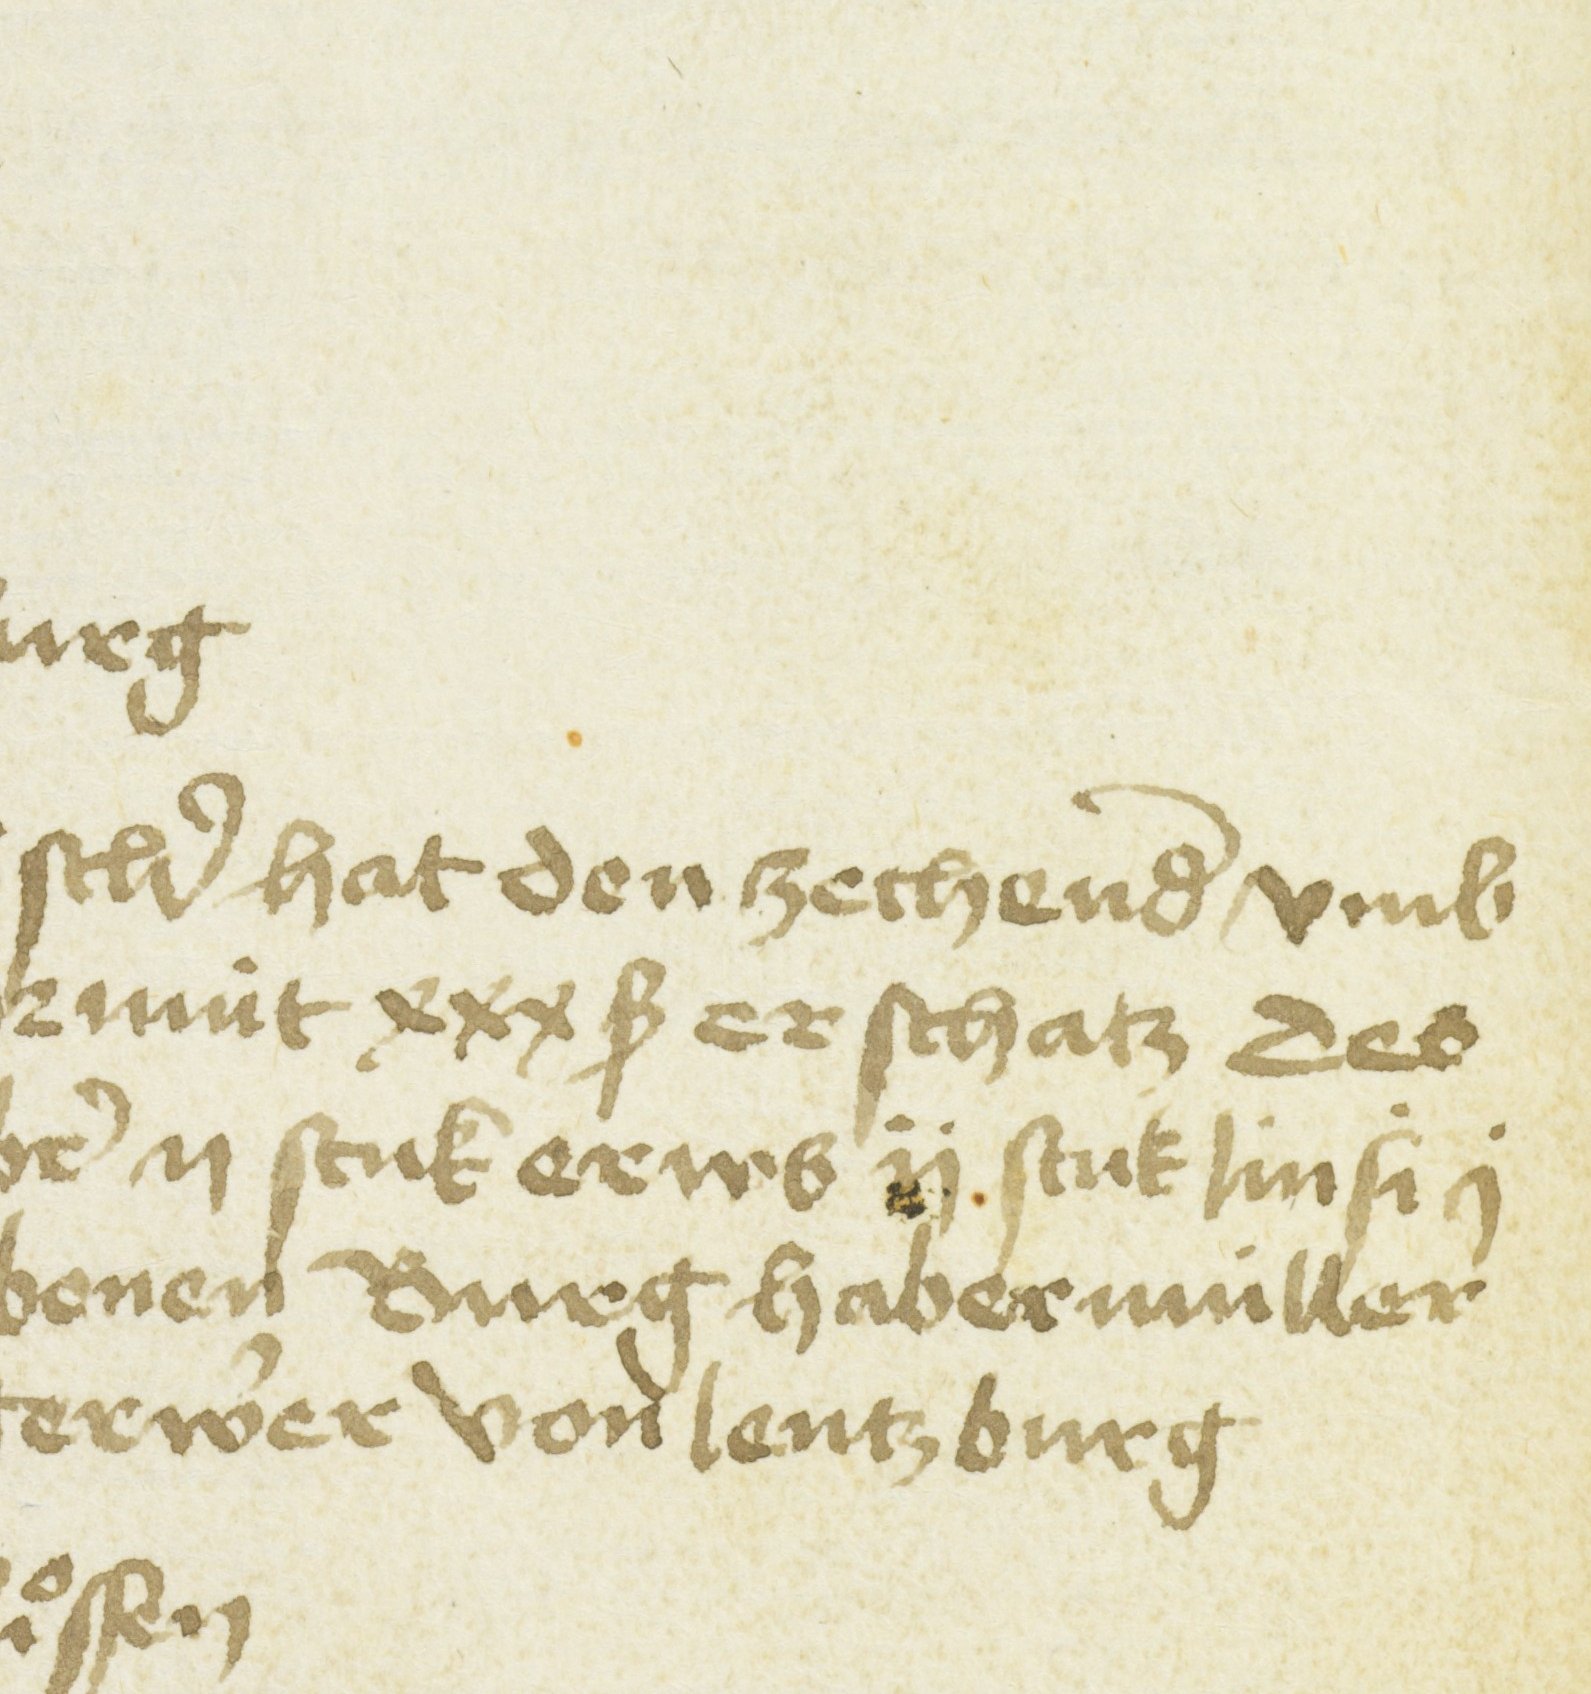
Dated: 1451–1457